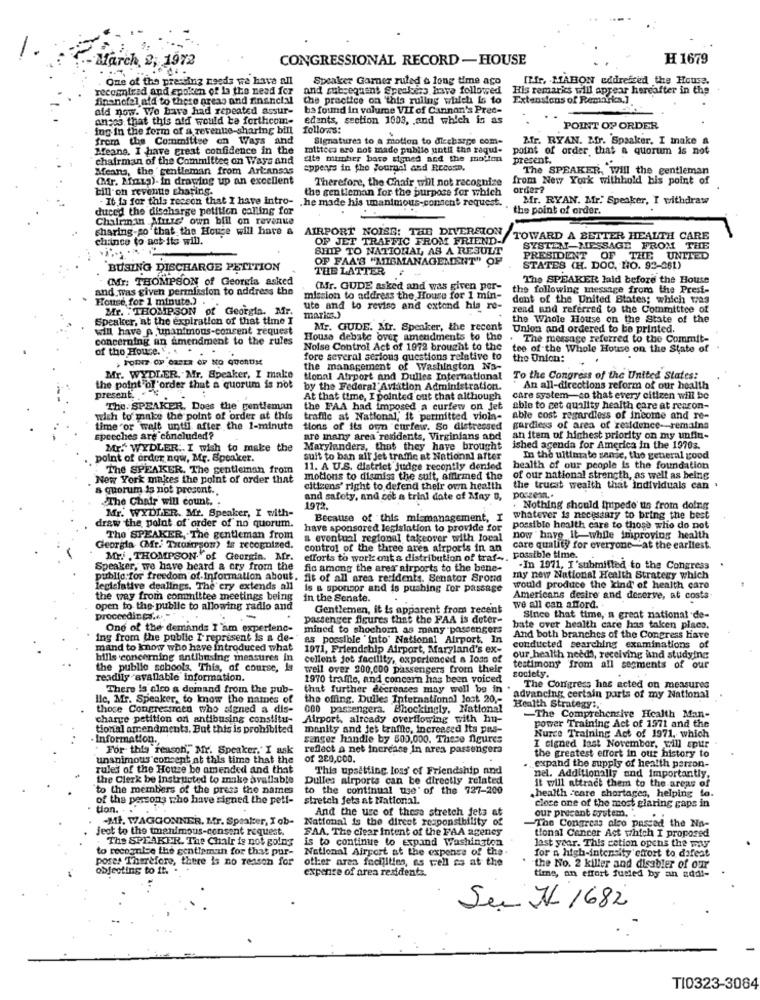
March, 2; 1972
CONGRESSIONAL RECORD -HOUSE
H 1679
One of the pressing needs we have all
Speaker Gamer ruled & long time ago
Iffr, MARION addressed the House.
reconnired and epoken of la the nead for
and subsequent Spraluisa have followed
His remarks will appear hereafter in the
financial afd to these areas and financial the practice on "thia ruling which Is to
Extensions of Remarks.]
aid now. We have had repeated assur-
ba found in volume VII of Cannon's Prec-
anses that this atd would be forthcom-
edants, section 1003, and which is as
ing in the form of a reventie-sharing bill
follows:
POINT OF ORDER
from the Committee on Ways and
Signatures to a motion to diecharge com-
.
Mr. RYAN. M.fr. Spaaker. I make a
Means. I have great confidence in the
mitteca are not made publie until the raqui-
point of order that a quorum is not
chairman of the Committee on Ways and
elte number base signed and the modion
present.
Means, the 'gentleman from Artansas
apperyrs in the Journal and RECosD.
The SPEAKER, Will the gentleman
(Mr. Mais)- in drawing up an excellent
Therefore, the Chair will not recognize
from New York withhold bis point of
bill on revenue sharing.
the gentleman for the purpose for which
order?
- It la for this reason that I have intro- . he made his unanimous-consent request.
Mr. RYAN. Mr. Speaker, I withdraw
duced the discharge petition calling for
the point of order.
Chairman Ature' own bill on revenue
sharing so that the House will have &
AIRPORT NOISE: THE DIVERSION
chance to ast its will.
OF JET TRAFFIC FROM FRIEND-
TOWARD A BETTER HEALTH CARE
SHIP TO NATIONAL, AS A RESULT
SYSTEM MESSAGE FROM THE
OF FAA'S "MISMANAGEMENT" OF
PRESIDENT
OF THE UNITED
BUSING DISCHARGE PETITION
THE LATTER
STATES (H. DOC. NO. 92-261)
(Mr: THOMPSON of Georgia asked
The SPEAKER lald before the House
and was given permission to address the
(Nr. GUDE asked and was given por-
the following message from the Presi-
House, for 1 minute.)
mission to address the House for 1 min-
dent of the United States; which 1723
Mr. : THOMPSON of Georgia. Mr.
ute and to revise and extend hia re-
read and referred to the Committee of
Speaker, at the expiration of that time I
the Whole House on the State of the
will have p.unanimous-consent request
Mr. GUDE. Mr. Speaker, the recent
Union and ordered to be printed.
concerning an amendment to the rules
House debate over amendments to the
. The message referred to the Commit-
of the House. ".
Noise Control Act of 1972 brought to the
tee of the Whole House on the State of
fore several serious questions relative to
the Union:
the management of Washington Na-
Mr. WYDLER. Mr. Speaker, I make
tional Airport and Dulles International
To the Congress of the United States:
the point of order that a quorum is not
by the Federal Aviation Administration.
An all-directions reform of our health
present ..
At that time, I pointed out that although
care system-so that every citizen will be
The. SPEAKER. Does the gentleman
the FAA had imposed a curfew on jet
able to get quality health care at rencon-
wish to make the point of order at this
trafic at National, it permitted viola-
able cost regardless of income and re-
time or wait until after the 1-minute
tions of its own curfew. So distressed
gardiess of area of residence-remains
speeches are concluded?
are many area residents, Virginians and
an item of highest priority on my unfin-
Mr." WYDLER. I wish to make the
Marylanders, that they have brought
ished agenda for America in the 19703.
point of order now, Mr. Speaker.
suit to ban all jet traffic at National after
In the ultimate sense, the general good
The SPEAKER. The gentleman from
11. A U.S. district judge recently denied
health of our people is the foundation
New York makes the point of order that
motions to dismiss the suit, affirmed the
of our national strength, as well as being
a quorum is not present.
citizens' right to defend their own health
the trucat wealth that individuals can .
The Chair will count. .
and safety, and cet a trial date of May 0,
porzemn ..
Mr. WYDLER. Mr. Speaker, I with-
1972.
. Nothing should ipipede' us from doing
Because of this mismanagement, I
whatever is necessary to bring the best
draw the polot of order of no quorum.
have sponsored legislation to provide for
possible health care to those who do not
The SPEAKER, The gentleman from
a eventual regional takeover with local
now have it-while improving health
Georgia (Mr. Trromsom) is recognized.
control of the three ares airports in an
care quality for everyone-at the earliest
Mr. . THOMPSON "of Georgia. Mr.
efforts to work out a distribution of traf -,. possible time.
Speaker, we have heard a cry from the
fic among the ares airports to the bene-
.In 1971, I submitted to the Congress
public.for freedom of Information about. fit of all area residents. Senator Srond
my new National Health Stratery which
legislative dealings. The cry extends all
is a sponsor and is pushing for passage
would produce the kind of health care
the way from committee meetings being
in the Senate.
Americans desire and deserve, at costs
open to the publie to allowing radio and
Gentlemen, it is apparent from recent
we all can afford.
proceedings ...= "
passenger figures that the FAA is deter-
Since that time, a great national de-
One of the demands I'am expertenc-
mined to shochom as many passengers
bate over health care has taken placa.
ing from the public I represent is a de-
as possible "into' National Airport, In
And both branches of the Congress Have
mand to know who have introduced what
1971, Friendship Airport, Maryland's ex-
conducted searching examinations of
bills concerning antibusing measures in
cellent jet facility, experienced a loss of
our health needs, receiving and studying
the public sobools, This, of course, Is
well over 200,000 passengers from their
testimony from all segments of our
readily avallable information.
1970 trafile, and concern has been voiced
society.
There is oleo & demand from the pub-
that further decreases may well be in
The Congress has acted on measures
llc, Mr. Speaker, to know the names of
the offing. Dulles International Jost 20 ,-
advancing certain parts of my National
those Congrestraen who signed a dis-
000 passengera. Shockingly, National
Health Strategy :.
charge petition on antibusing constitu-
Airport, already overflowing with hu-
The Comprehensive Health Man-
tional amendments. But this is prohibited
monity and jet traffic, Increased Its pas-
power Training Act of 1971 and the
Information.
sanger handle by 500,000. These figures
Kurce Training Act of 1971, which
For this reason, Mr. Speaker," I ask
reflect a net increase In area passengers
I signed last November, will spur
the greatest effort in our history to
unanimous concept at this time that the
of 289,000.
rules of the House be amended and that
This upsetting loss' of Friendship and
expand the supply of health perron-
the Clerk be Instructed to make available
Dulles airports can be directly related
nel. Additionally and Importantly.
to the members of the press the names
to the continual use' of the 727-200
health -care shortages, helping to.
it will attract them to the areas of
of the persons who have signed the petl-
stretch jets at National.
close one of the most glaring gaps in
tion.
And the use of these stretch jets at
our present system ..
-MI. WAGGONNER. Mr. Speaker, I ob-
National is the direct responsibility of
jeot to the tmanimous-consent request.
FAA. The clear Intent of the FAA agency
The Congress oleo passed the Na-
tional Cancer Act which I proposed
The SPEAKER. The Chair is not going
is to continue to expand Washington
last year. This cetion opens the way
to recognise the gentleman for that pur- National Airport at the expense of the.
poses Therefore, there is no reason for
other ares facilities, as well es at the
for a high-intensity effort to dafeat
objecting to it. .
expense of area residents.
the No. 2 killer and disabler of our
time, an effort fueled by an add !-
Sun AL 1682
T10323-3084